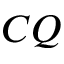
C Q